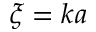
\xi = k a